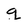
Character: g